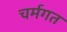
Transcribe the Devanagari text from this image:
चर्मगत